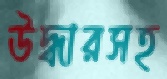
উদ্ধারসহ